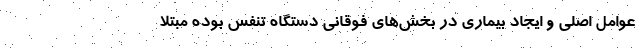
عوامل اصلی و ایجاد بیماری در بخش‌های فوقانی دستگاه تنفس بوده مبتلا